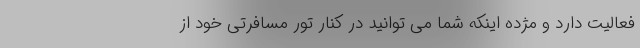
فعالیت دارد و مژده اینکه شما می توانید در کنار تور مسافرتی خود از